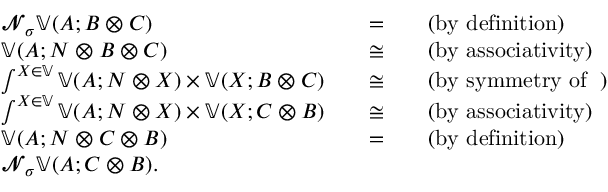
\begin{array} { r l r l } & { 𝓝 _ { σ } 𝕍 ( A ; B ⊗ C ) } & { \quad = } & { \quad \mathrm { ( b y ~ d e f i n i t i o n ) } \phantom { ∫ } } \\ & { 𝕍 ( A ; N ⊗ B ⊗ C ) } & { \quad ≅ } & { \quad \mathrm { ( b y ~ a s s o c i a t i v i t y ) } \phantom { ∫ } } \\ & { ∫ ^ { X ∈ 𝕍 } 𝕍 ( A ; N ⊗ X ) × 𝕍 ( X ; B ⊗ C ) } & { \quad ≅ } & { \quad \mathrm { ( b y ~ s y m m e t r y ~ o f ~ 𝕍 ) } \phantom { ∫ } } \\ & { ∫ ^ { X ∈ 𝕍 } 𝕍 ( A ; N ⊗ X ) × 𝕍 ( X ; C ⊗ B ) } & { \quad ≅ } & { \quad \mathrm { ( b y ~ a s s o c i a t i v i t y ) } \phantom { ∫ } } \\ & { 𝕍 ( A ; N ⊗ C ⊗ B ) } & { \quad = } & { \quad \mathrm { ( b y ~ d e f i n i t i o n ) } \phantom { ∫ } } \\ & { 𝓝 _ { σ } 𝕍 ( A ; C ⊗ B ) . \phantom { \int } } \end{array}